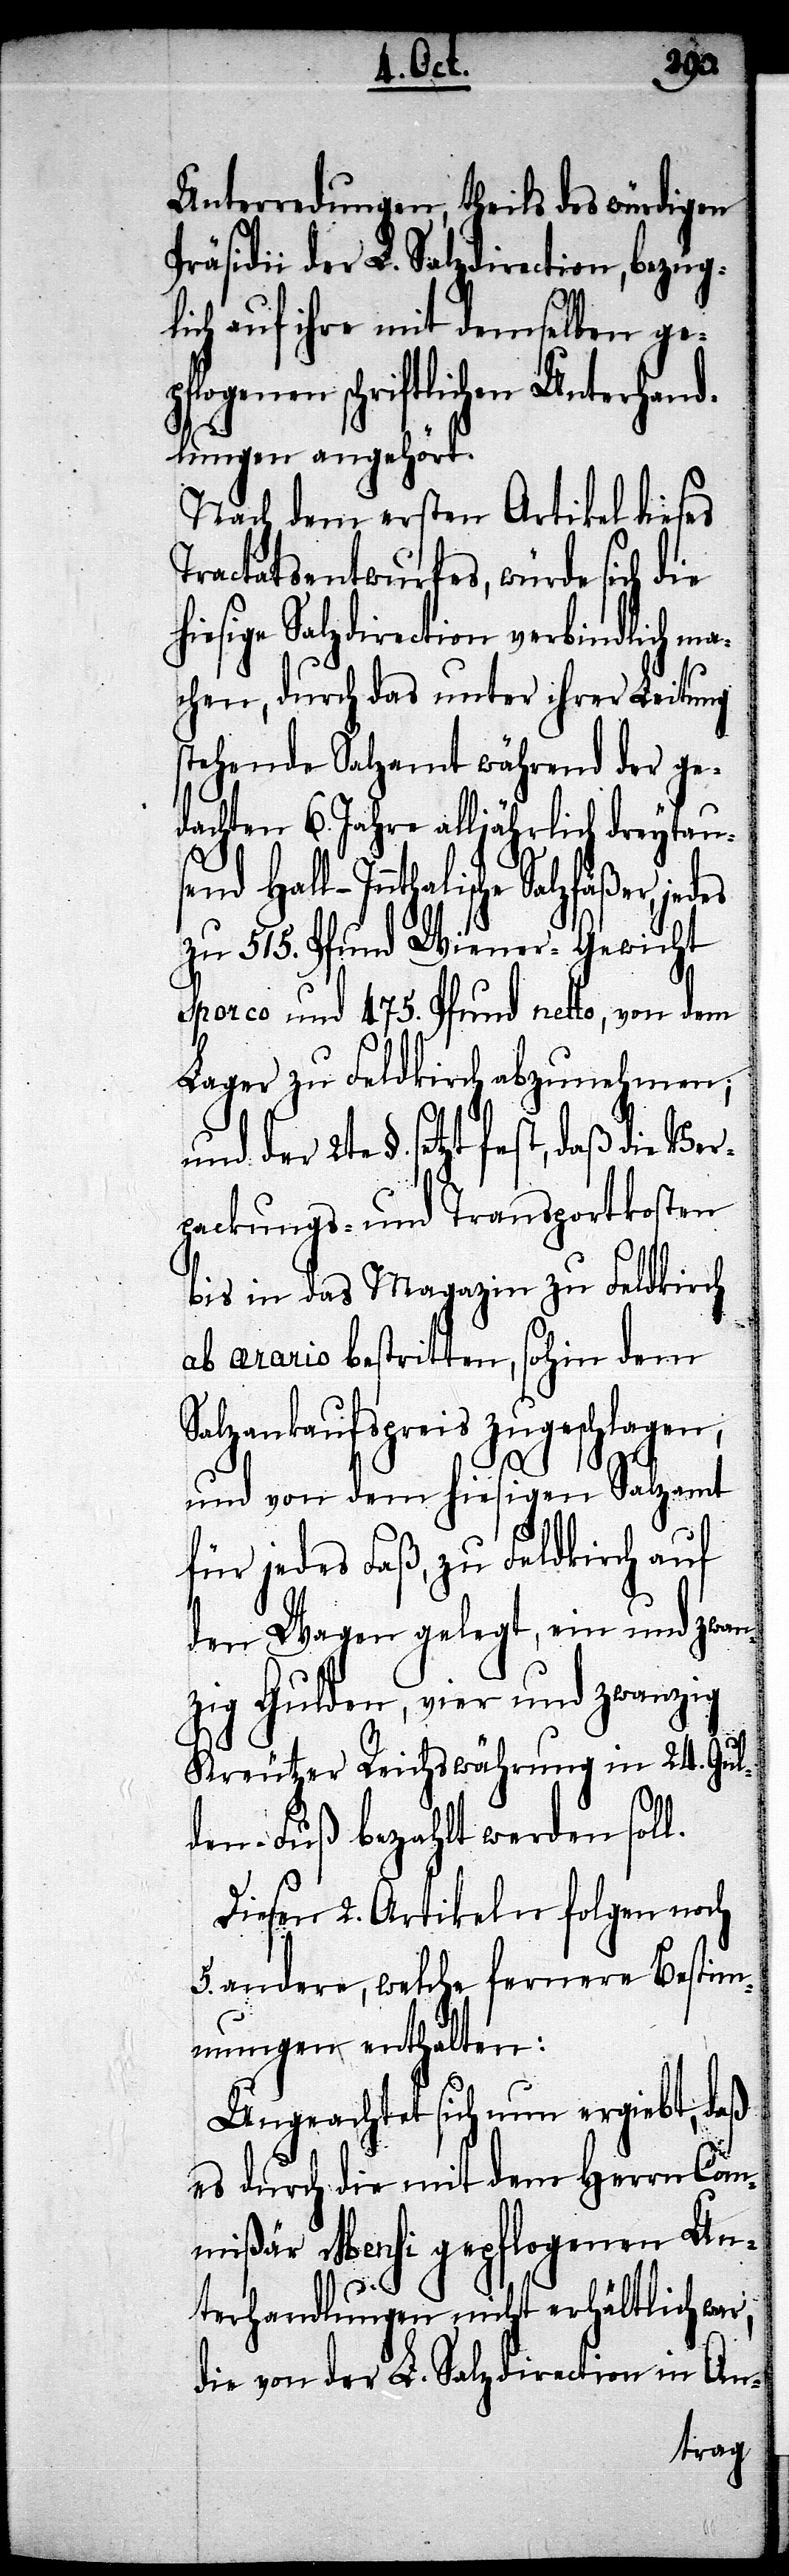
Unterredungen, theils des würdigen
Präsidii der L. Salzdirection, bezüg¬
lich auf ihre mit demselben ge¬
pflogenen schriftlichen Unterhand¬
lungen angehört.
Nach dem ersten Artikel dieses
Tractatsentwurfes, würde sich die
hiesige Salzdirection verbindlich ma¬
chen, durch das unter ihre Leitung
stehende Salzamt während der ge¬
dachten 6. Jahre alljährlich dreytaus¬
end Hall-Innthalische
zu 515. Pfund Wiener-Gewicht
Sporco und 475. Pfund netto, von dem
Lager zu Feldkirch abzunehmen;
und der 2te §. setzt fest, daß die Ver¬
packungs- und Transportkosten
bis in das Magazin zu Feldkirch
ab ærario bestritten, sohin dem
Salzankaufspreis zugeschlagen,
und von dem hiesigen Salzamt
für jedes Faß, zu Feldkirch auf
den Wagen gelegt, ein und zwan¬
zig Gulden, vier und zwanzig
Kreutzer Reichswährung in 24. Gul¬
den-Fuß bezahlt werden soll.
Diesen 2. Artikeln folgen noch
5. andere, welche fernere Bestim¬
mungen enthalten:
Ungeachtet sich nun ergiebt, daß
es durch die mit dem Herrn Com¬
mißär Mensi gepflogenen Un¬
terhandlungen nicht erhältlich war,
die von der L. Salzdirection in An-